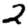
Digit: 2